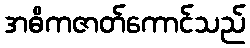
အဓိကဇာတ်ကောင်သည်